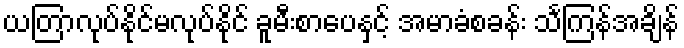
ယတြာလုပ်နိုင်မလုပ်နိုင် ခူမီးစာပေနှင့် အမာခံစခန်း သင်္ကြန်အချိန်